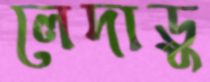
লেদাড়ু